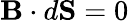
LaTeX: \mathbf{B}\cdot d\mathbf{S}=0